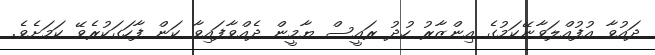
ދައުވާ އުފުއްލަވާނޭކަމުގެ އިންޒާރު ހުދު ރައީސް ޔާމީން ދެއްވާފައިވާ ކަން ފާހަގަކުރެވޭ ކަމަށެވެ.